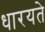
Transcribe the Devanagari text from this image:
धारयते